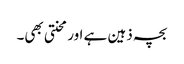
بچہ ذہین ہے اور محنتی بھی۔